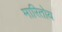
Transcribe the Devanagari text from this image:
मारितोय